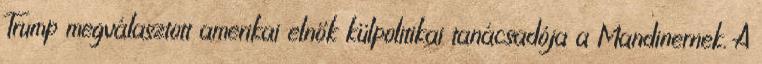
Trump megválasztott amerikai elnök külpolitikai tanácsadója a Mandinernek. A